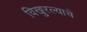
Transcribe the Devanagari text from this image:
विखुरल्याचे